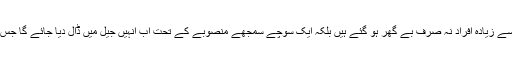
بھارتی اقدام سے اب مسلمانوں سمیت دیگر اقلیتوں کے 19 لاکھ سے زیادہ افراد نہ صرف بے گھر ہو گئے ہیں بلکہ ایک سوچے سمجھے منصوبے کے تحت اب انہیں جیل میں ڈال دیا جائے گا جس کے لیے پہلے سے ہی آسام میں دس جیلوں کی تعمیر جاری ہے۔